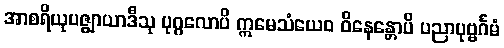
အာစရိယုပဇ္ဈာယာဒီသု ပုဂ္ဂလောပိ ဣမေသံယေဝ ဝိနေန္တောပိ ပညာပုဗ္ဗင်္ဂမံ